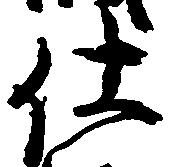
仕